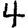
Digit: 4